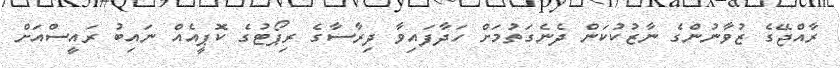
ރާއްޖޭގެ ޒުވާނުންގެ ނާޒުކުކަން ދެނެގަތުމަށް ހަދާފައިވާ ދިރާސާގެ ރިޕޯޓުގެ ކޮޕީއެއް ނައިބު ރައީސްއަށް